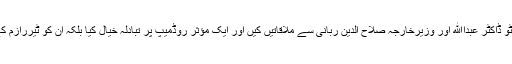
وہ کابل کے دورے پر گئے جہاں انہوں نے نہ صرف یہ کہ افغان صدر اشرف غنی، چیف ایگزیکٹو ڈاکٹر عبداﷲ اور وزیرخارجہ صلاح الدین ربانی سے ملاقاتیں کیں اور ایک مؤثر روڈمیپ پر تبادلہ خیال کیا بلکہ ان کو ٹیررازم کے خاتمے اور علاقائی امن کے لئے پاکستان کی تجاویز اور مجوزہ اقدامات پر اعتماد میں بھی لیا۔